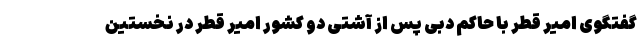
گفتگوی امیر قطر با حاکم دبی پس از آشتی دو کشور امیر قطر در نخستین